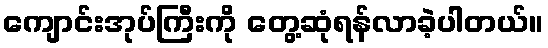
ကျောင်းအုပ်ကြီးကို တွေ့ဆုံရန်လာခဲ့ပါတယ်။